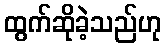
ထွက်ဆိုခဲ့သည်ဟု